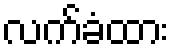
လက်ခံထား